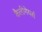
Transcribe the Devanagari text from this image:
कैलीगेयर्स